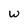
Character: w